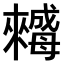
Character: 𣬀